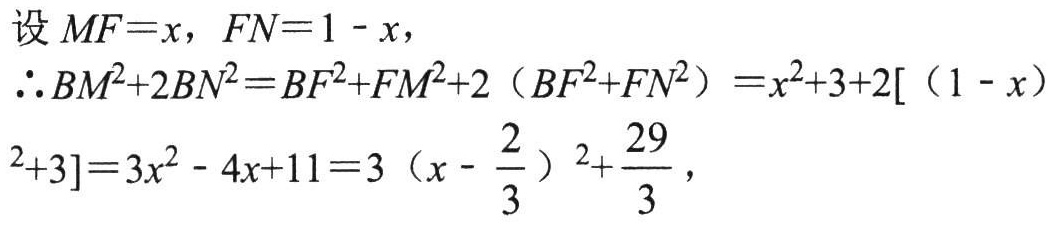
设 \( MF = x\)，\(FN = 1 - x\)，

\(\therefore BM^{2}+2BN^{2}=BF^{2}+FM^{2}+2\left(BF^{2}+FN^{2}\right)=x^{2}+3 + 2\left[(1 - x)^{2}+3\right]=3x^{2}-4x + 11=3\left(x-\frac{2}{3}\right)^{2}+\frac{29}{3}\)，